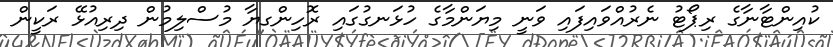
ކުއިންޓާނާގެ ރިޕޯޓު ނެރުއްވައިފައި ވަނީ މިޔަންމާގެ ހުޅަނގުގައި ރޮހިންގޔާ މުސްލިމުން ދިރިއުޅޭ ރަކީން